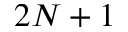
2 N + 1